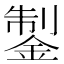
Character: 𨧳